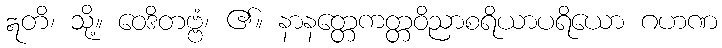
ဣတိ၊ သို့။ ဝေဒိတဗ္ဗံ၊ ၏။ နာနတ္တေကတ္တဝိညာစရိယာပရိယော ဂဟဏ